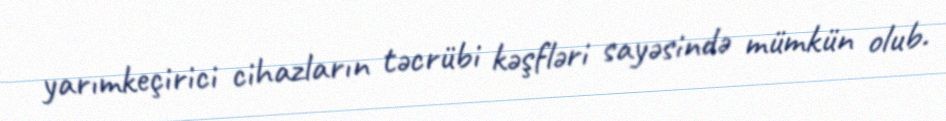
yarımkeçirici cihazların təcrübi kəşfləri sayəsində mümkün olub.